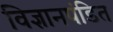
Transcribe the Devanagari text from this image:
विज्ञानपंडित